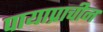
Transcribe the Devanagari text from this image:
पायाप्राचीन